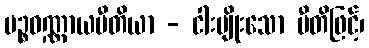
ပဉ္စဝဏ္ဏာယပီတိယာ - ငါးမျိုးသော ပီတိဖြင့်၊